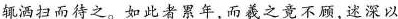
辄洒扫而待之。如此者累年,而羲之竟不顾,述深以